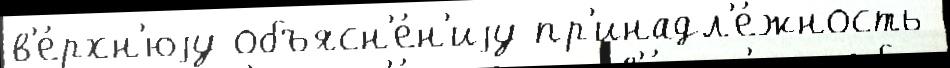
в'е́рхн'юjу объясн'е́н'иjу пр'инадл'е́жность